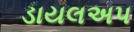
ડાયલઅપ